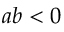
a b < 0